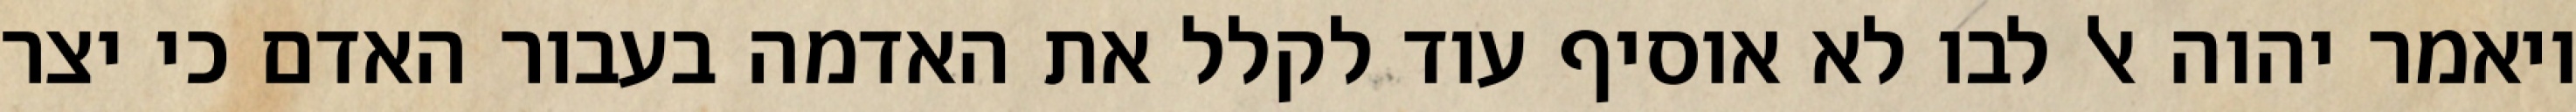
ויאמר יהוה אל לבו לא אוסיף עוד לקלל את האדמה בעבור האדם כי יצר